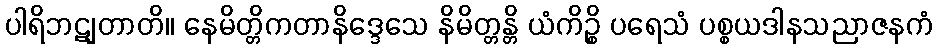
ပါရိဘဋျတာတိ။ နေမိတ္တိကတာနိဒ္ဒေသေ နိမိတ္တန္တိ ယံကိဉ္စိ ပရေသံ ပစ္စယဒါနသညာဇနကံ